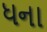
ધના